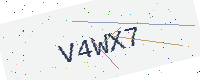
Text: V4WX7